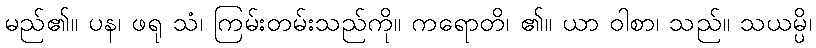
မည်၏။ ပန၊ ဖရု သံ၊ ကြမ်းတမ်းသည်ကို။ ကရောတိ၊ ၏။ ယာ ဝါစာ၊ သည်။ သယမ္ပိ၊